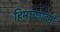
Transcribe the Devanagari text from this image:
हिमाच्छादनों